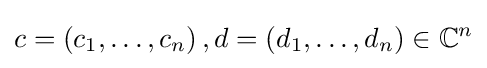
c=\left(c_{1},\ldots ,c_{n}\right),d=\left(d_{1},\ldots ,d_{n}\right)\in \mathbb {C} ^{n}